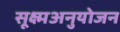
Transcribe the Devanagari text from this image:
सूक्ष्मअनुयोजन